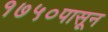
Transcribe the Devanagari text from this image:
१७५०पासून